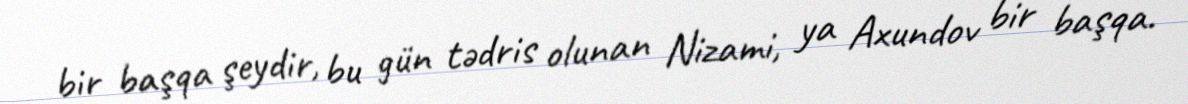
bir başqa şeydir, bu gün tədris olunan Nizami, ya Axundov bir başqa.